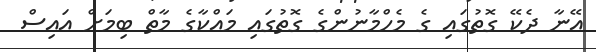
އޭނާ ދެކޭ ގޮތުގައި ގެ މެހްމާނުންގެ ގޮތުގައި މައްކާގެ މާތް ބިމަށް އައިސް